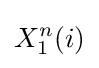
X_{1}^{n}(i)